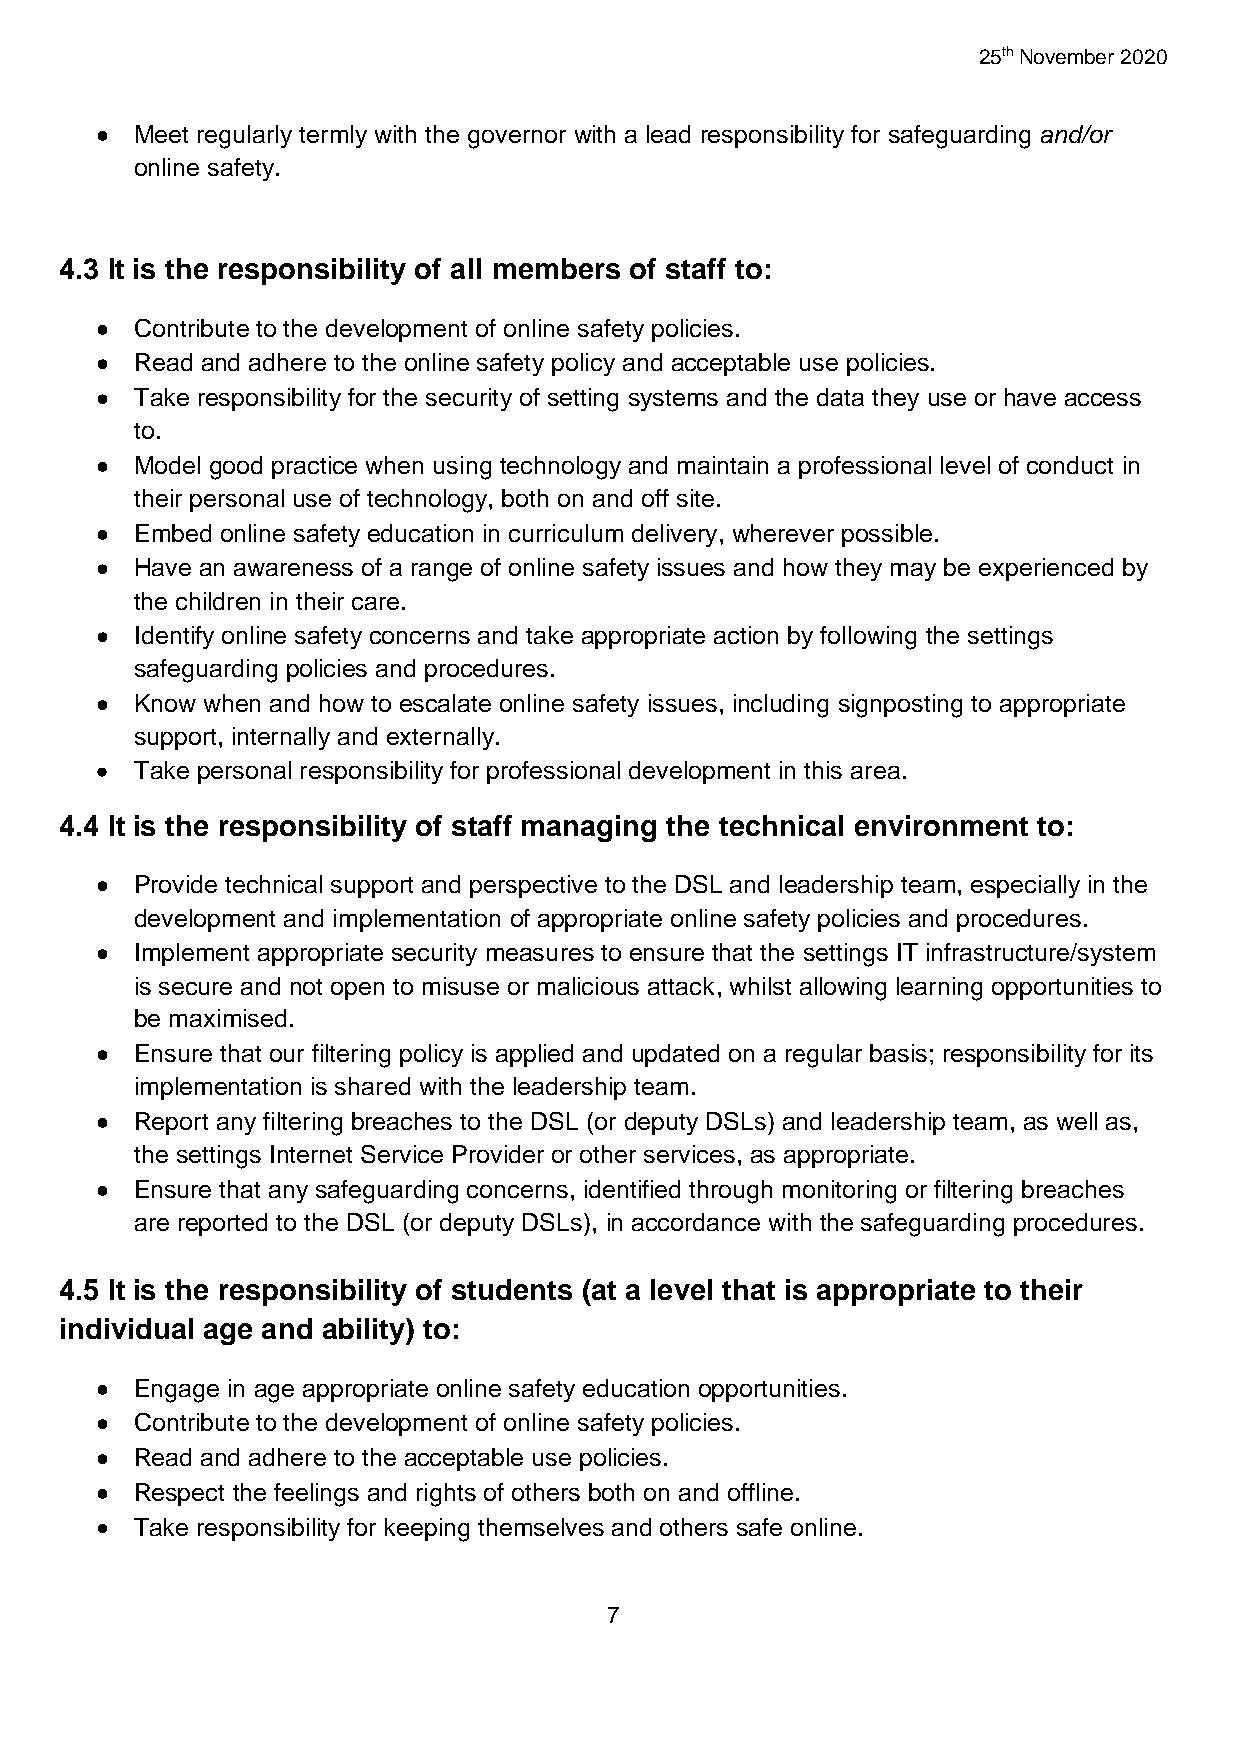
25th November 2020
   Meet regularly termly with the governor with a lead responsibility for safeguarding and/or
 online safety.
 4.3 It is the responsibility of all members of staff to:
   Contribute to the development of online safety policies.
   Read and adhere to the online safety policy and acceptable use policies.
   Take responsibility for the security of setting systems and the data they use or have access
 to.
   Model good practice when using technology and maintain a professional level of conduct in
 their personal use of technology, both on and off site.
   Embed online safety education in curriculum delivery, wherever possible.
   Have an awareness of a range of online safety issues and how they may be experienced by
 the children in their care.
   Identify online safety concerns and take appropriate action by following the settings
 safeguarding policies and procedures.
   Know when and how to escalate online safety issues, including signposting to appropriate
 support, internally and externally.
   Take personal responsibility for professional development in this area.
 4.4 It is the responsibility of staff managing the technical environment to:
   Provide technical support and perspective to the DSL and leadership team, especially in the
 development and implementation of appropriate online safety policies and procedures.
   Implement appropriate security measures to ensure that the settings IT infrastructure/system
 is secure and not open to misuse or malicious attack, whilst allowing learning opportunities to
 be maximised.
   Ensure that our filtering policy is applied and updated on a regular basis; responsibility for its
 implementation is shared with the leadership team.
   Report any filtering breaches to the DSL (or deputy DSLs) and leadership team, as well as,
 the settings Internet Service Provider or other services, as appropriate.
   Ensure that any safeguarding concerns, identified through monitoring or filtering breaches
 are reported to the DSL (or deputy DSLs), in accordance with the safeguarding procedures.
 4.5 It is the responsibility of students (at a level that is appropriate to their
 individual age and ability) to:
   Engage in age appropriate online safety education opportunities.
   Contribute to the development of online safety policies.
   Read and adhere to the acceptable use policies.
   Respect the feelings and rights of others both on and offline.
   Take responsibility for keeping themselves and others safe online.
 7